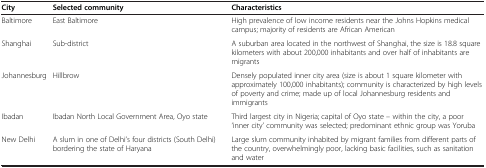
<table><thead><tr><td><b>City</b></td><td><b>Selected community</b></td><td><b>Characteristics</b></td></tr></thead><tbody><tr><td>Baltimore</td><td>East Baltimore</td><td>High prevalence of low income residents near the Johns Hopkins medical campus; majority of residents are African American</td></tr><tr><td>Shanghai</td><td>Sub-district</td><td>A suburban area located in the northwest of Shanghai, the size is 18.8 square kilometers with about 200,000 inhabitants and over half of inhabitants are migrants</td></tr><tr><td>Johannesburg</td><td>Hillbrow</td><td>Densely populated inner city area (size is about 1 square kilometer with approximately 100,000 inhabitants); community is characterized by high levels of poverty and crime; made up of local Johannesburg residents and immigrants</td></tr><tr><td>Ibadan</td><td>Ibadan North Local Government Area, Oyo state</td><td>Third largest city in Nigeria; capital of Oyo state – within the city, a poor ‘inner city’ community was selected; predominant ethnic group was Yoruba</td></tr><tr><td>New Delhi</td><td>A slum in one of Delhi’s four districts (South Delhi) bordering the state of Haryana</td><td>Large slum community inhabited by migrant families from different parts of the country, overwhelmingly poor, lacking basic facilities, such as sanitation and water</td></tr></tbody></table>